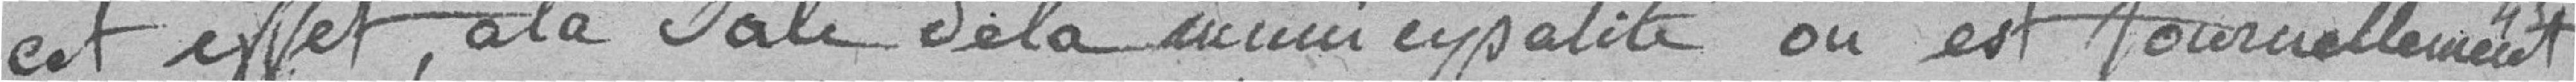
cet effet, à la salle de la municipalité où est journellement 43